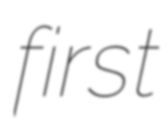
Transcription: first